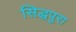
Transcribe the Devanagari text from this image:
सिद्धपुरा